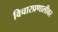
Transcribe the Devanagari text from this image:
विचारप्रणालीवर